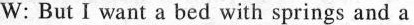
W: But I want a bed with springs and a